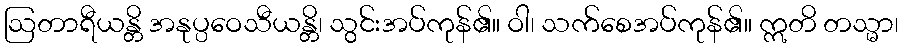
ဩတာရီယန္တိ အနုပ္ပဝေသီယန္တိ၊ သွင်းအပ်ကုန်၏။ ဝါ၊ သက်စေအပ်ကုန်၏။ ဣတိ တသ္မာ၊